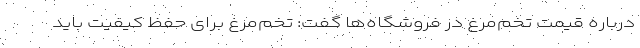
درباره قیمت تخم‌مرغ در فروشگاه‌ها گفت: تخم‌مرغ برای حفظ کیفیت باید